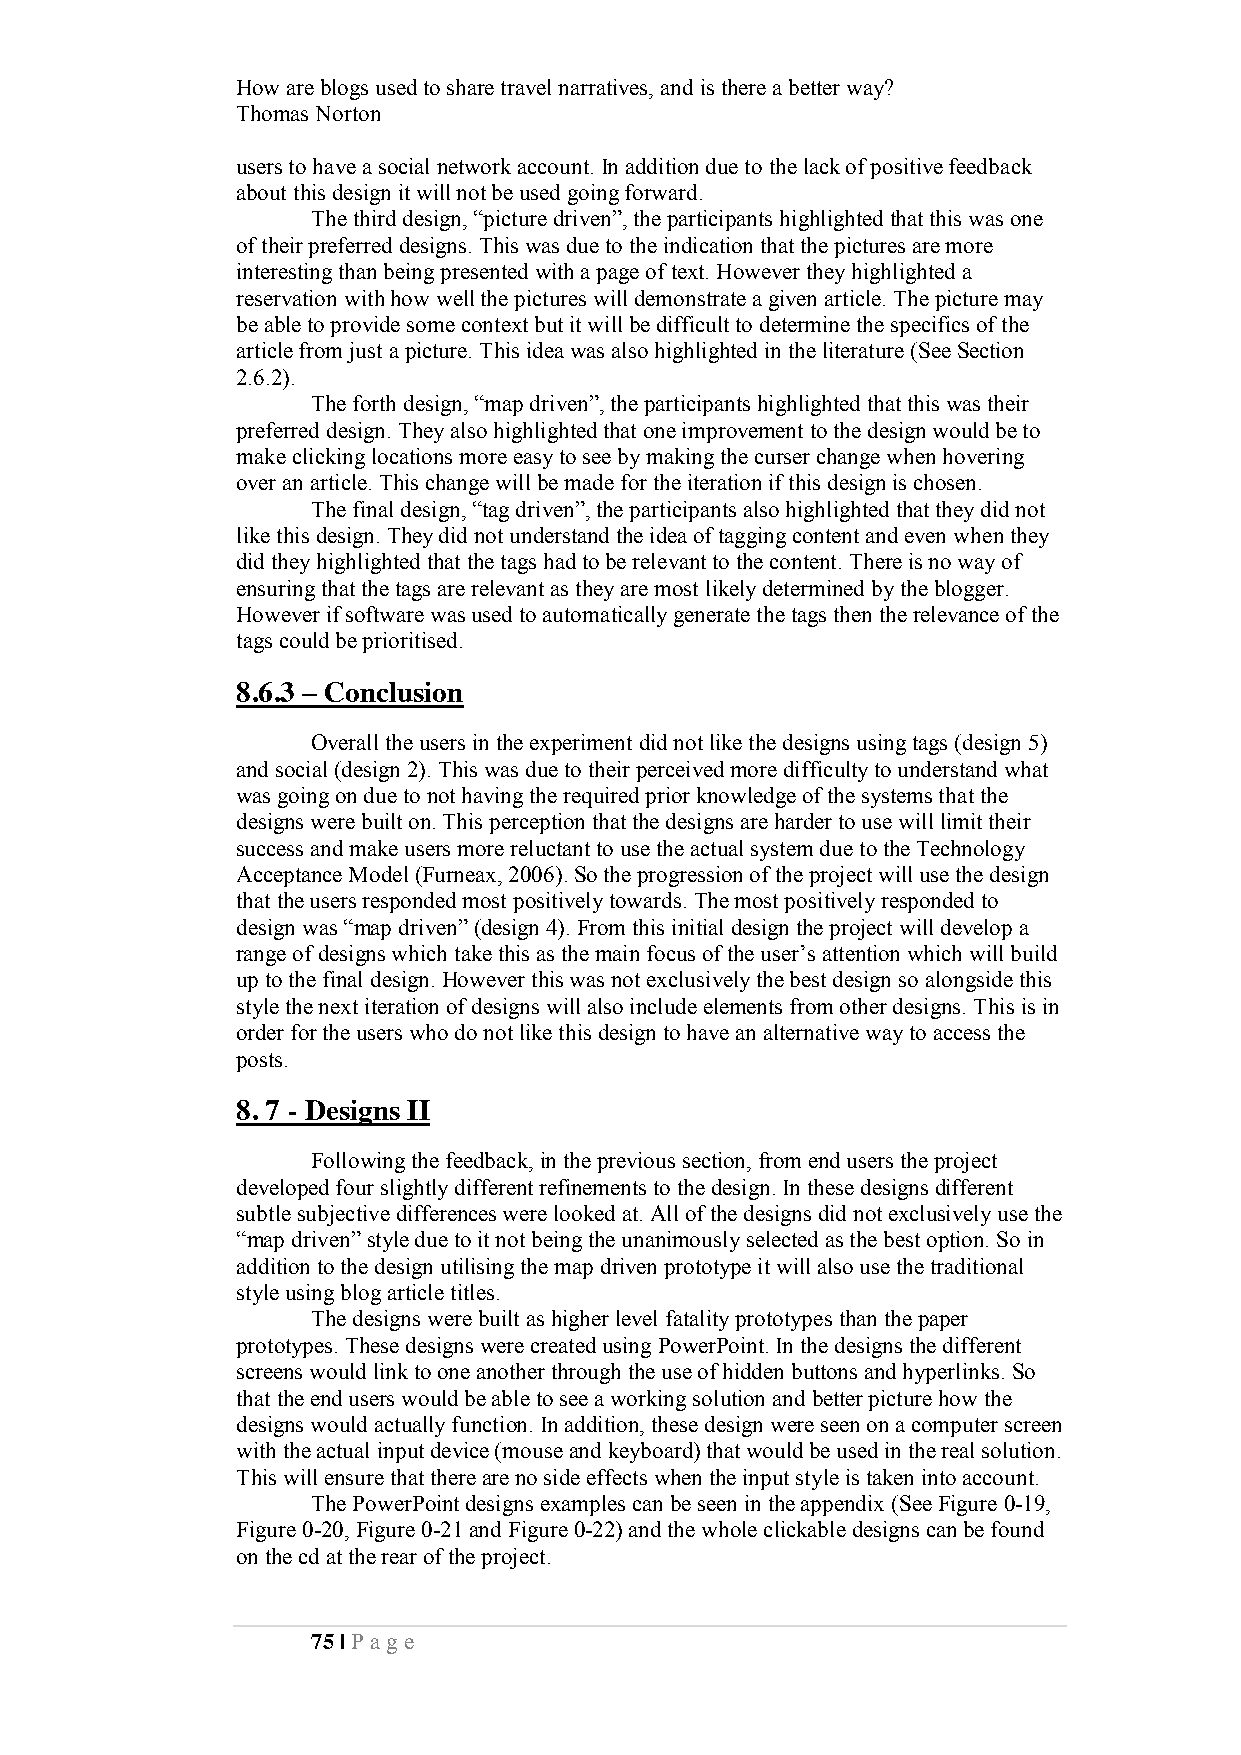
How are blogs used to share travel narratives, and is there a better way?
 Thomas Norton
 users to have a social network account. In addition due to the lack of positive feedback
 about this design it will not be used going forward.
 The third design, “picture driven”, the participants highlighted that this was one
 of their preferred designs. This was due to the indication that the pictures are more
 interesting than being presented with a page of text. However they highlighted a
 reservation with how well the pictures will demonstrate a given article. The picture may
 be able to provide some context but it will be difficult to determine the specifics of the
 article from just a picture. This idea was also highlighted in the literature (See Section
 2.6.2).
 The forth design, “map driven”, the participants highlighted that this was their
 preferred design. They also highlighted that one improvement to the design would be to
 make clicking locations more easy to see by making the curser change when hovering
 over an article. This change will be made for the iteration if this design is chosen.
 The final design, “tag driven”, the participants also highlighted that they did not
 like this design. They did not understand the idea of tagging content and even when they
 did they highlighted that the tags had to be relevant to the content. There is no way of
 ensuring that the tags are relevant as they are most likely determined by the blogger.
 However if software was used to automatically generate the tags then the relevance of the
 tags could be prioritised.
 8.6.3 – Conclusion
 Overall the users in the experiment did not like the designs using tags (design 5)
 and social (design 2). This was due to their perceived more difficulty to understand what
 was going on due to not having the required prior knowledge of the systems that the
 designs were built on. This perception that the designs are harder to use will limit their
 success and make users more reluctant to use the actual system due to the Technology
 Acceptance Model (Furneax, 2006). So the progression of the project will use the design
 that the users responded most positively towards. The most positively responded to
 design was “map driven” (design 4). From this initial design the project will develop a
 range of designs which take this as the main focus of the user’s attention which will build
 up to the final design. However this was not exclusively the best design so alongside this
 style the next iteration of designs will also include elements from other designs. This is in
 order for the users who do not like this design to have an alternative way to access the
 posts.
 8. 7 - Designs II
 Following the feedback, in the previous section, from end users the project
 developed four slightly different refinements to the design. In these designs different
 subtle subjective differences were looked at. All of the designs did not exclusively use the
 “map driven” style due to it not being the unanimously selected as the best option. So in
 addition to the design utilising the map driven prototype it will also use the traditional
 style using blog article titles.
 The designs were built as higher level fatality prototypes than the paper
 prototypes. These designs were created using PowerPoint. In the designs the different
 screens would link to one another through the use of hidden buttons and hyperlinks. So
 that the end users would be able to see a working solution and better picture how the
 designs would actually function. In addition, these design were seen on a computer screen
 with the actual input device (mouse and keyboard) that would be used in the real solution.
 This will ensure that there are no side effects when the input style is taken into account.
 The PowerPoint designs examples can be seen in the appendix (See Figure 0-19,
 Figure 0-20, Figure 0-21 and Figure 0-22) and the whole clickable designs can be found
 on the cd at the rear of the project.
 75 | Pa ge